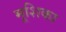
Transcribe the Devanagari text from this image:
मूशिका